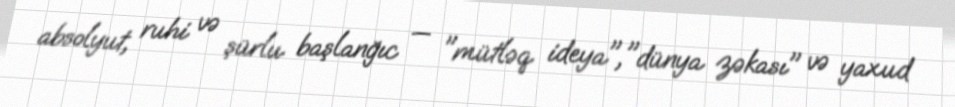
absolyut, ruhi və şürlu başlanğıc — "mütləq ideya","dünya zəkası" və yaxud